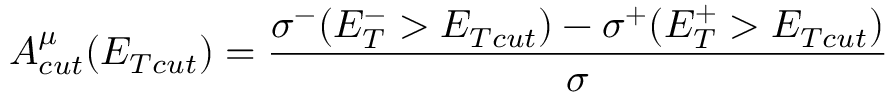
A _ { c u t } ^ { \mu } ( E _ { T c u t } ) = { \frac { \sigma ^ { - } ( E _ { T } ^ { - } > E _ { T c u t } ) - \sigma ^ { + } ( E _ { T } ^ { + } > E _ { T c u t } ) } { \sigma } }